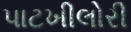
પાટખીલોરી